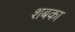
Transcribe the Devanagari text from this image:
शबका